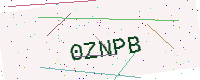
Text: 0ZNPB